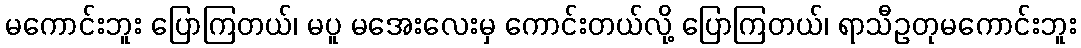
မကောင်းဘူး ပြောကြတယ်၊ မပူ မအေးလေးမှ ကောင်းတယ်လို့ ပြောကြတယ်၊ ရာသီဥတုမကောင်းဘူး